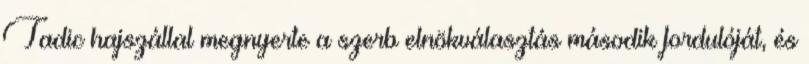
Tadic hajszállal megnyerte a szerb elnökválasztás második fordulóját, és